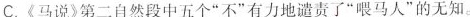
B.《马说>围绕着”不知马”这一中心逐层展开论述。开头说明伯乐对于千里马命运的决定作用，中